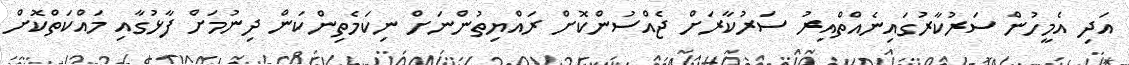
އަދި އެމީހުން ސަރުކާރުގައިނެއްތްއިރު ސަރުކާރަށް ޖެއްސުންކޮށް ރައްޔިތުންނަށް ނިކަމެތިންކަން ދިނުމަށް ފާޅުގާއި މައްކަތްކޮށް